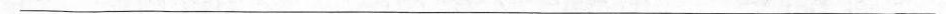
___